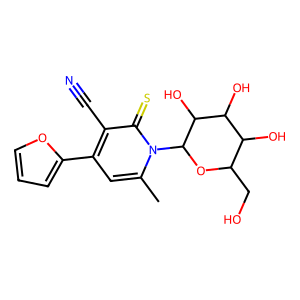
SMILES: Cc1cc(-c2ccco2)c(C#N)c(=S)n1C1OC(CO)C(O)C(O)C1O
Inhibits HIV replication: No